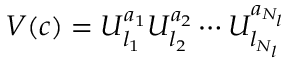
V ( c ) = U _ { l _ { 1 } } ^ { a _ { 1 } } U _ { l _ { 2 } } ^ { a _ { 2 } } \cdots U _ { l _ { N _ { l } } } ^ { a _ { N _ { l } } }